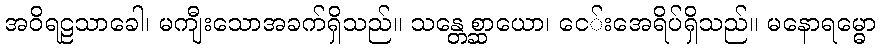
အဝိရဠသာခေါ၊ မကျီးသောအခက်ရှိသည်။ သန္တေစ္ဆာယော၊ ငေ်းအေရိပ်ရှိသည်။ မနောရမ္ဓော